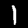
Label: 1